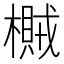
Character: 𣛸